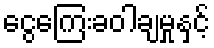
ငွေကြေးခဝါချမှုနှင့်